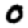
Digit: 0